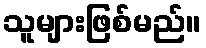
သူများဖြစ်မည်။